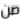
صن